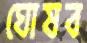
ঘোষব